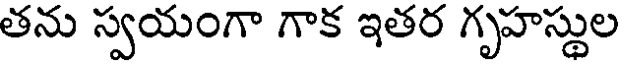
తను స్వయంగా గాక ఇతర గృహస్థుల